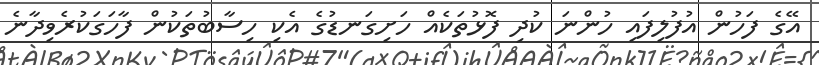
އޭގެ ފަހުން އުފުލިފައި ހުންނަ ކުދި ފޮޅުތަކެއް ހަށިގަނޑުގެ އެކި ހިސާބުތަކުން ފާހަގަކުރެވިދާނެ